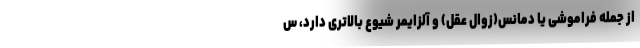
از جمله فراموشی یا دمانس(زوال عقل) و آلزایمر شیوع بالاتری دارد، س